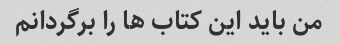
من باید این کتاب ها را برگردانم